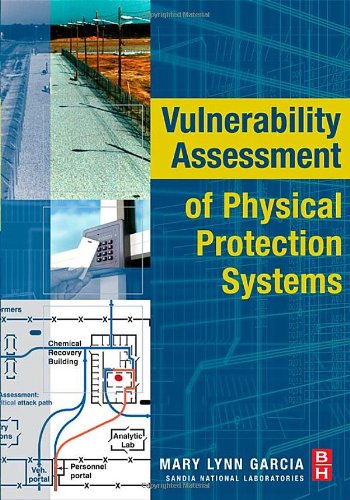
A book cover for Vulnerability Assessment of Physical Protection Systems; Mary Lynn Garcia; Business & Money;